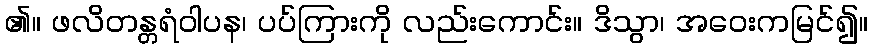
၏။ ဖလိတန္တရံဝါပန၊ ပပ်ကြားကို လည်းကောင်း။ ဒိသွာ၊ အဝေးကမြင်၍။